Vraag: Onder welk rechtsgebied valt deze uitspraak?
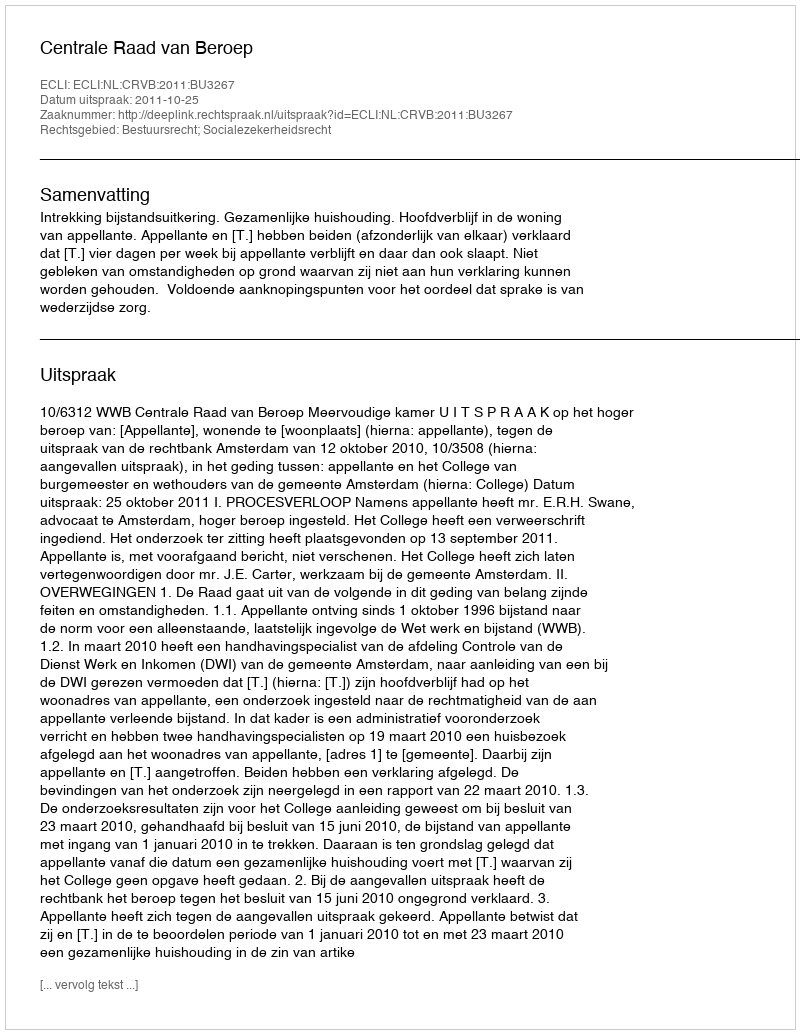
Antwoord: Bestuursrecht; Socialezekerheidsrecht